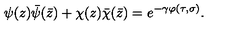
\psi ( z ) \bar { \psi } ( \bar { z } ) + \chi ( z ) \bar { \chi } ( \bar { z } ) = e ^ { - \gamma \varphi ( \tau , \sigma ) } .